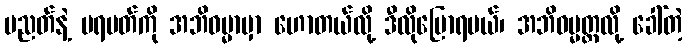
ပညတ်နဲ့ ပရမတ်ကို အဘိဓမ္မာမှာ ဟောတယ်လို့ ဒီလိုပြောရမယ်၊ အဘိဓမ္မတ္ထလို့ ခေါ်တဲ့